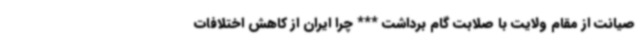
صیانت از مقام ولایت با صلابت گام برداشت *** چرا ایران از کاهش اختلافات